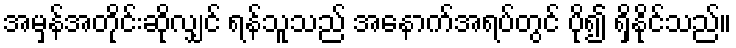
အမှန်အတိုင်းဆိုလျှင် ရန်သူသည် အနောက်အရပ်တွင် ပို၍ ရှိနိုင်သည်။